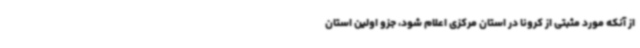
از آنکه مورد مثبتی از کرونا در استان مرکزی اعلام شود، جزو اولین استان